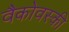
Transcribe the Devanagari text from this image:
वैकोवस्की